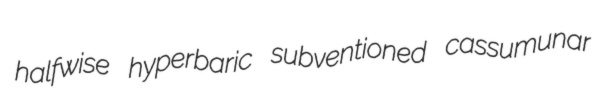
halfwise hyperbaric subventioned cassumunar